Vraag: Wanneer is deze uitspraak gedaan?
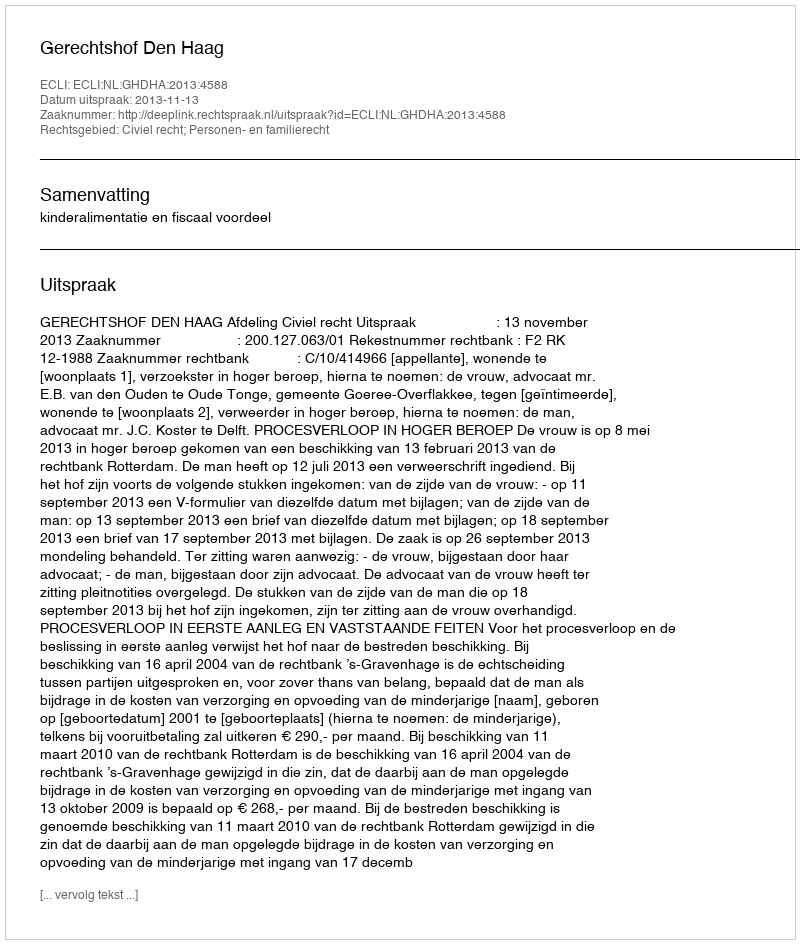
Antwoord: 2013-11-13